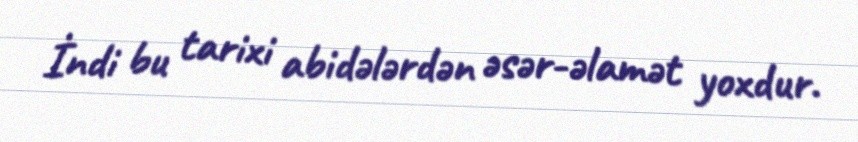
İndi bu tarixi abidələrdən əsər-əlamət yoxdur.